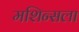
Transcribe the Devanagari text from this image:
मशिन्सला